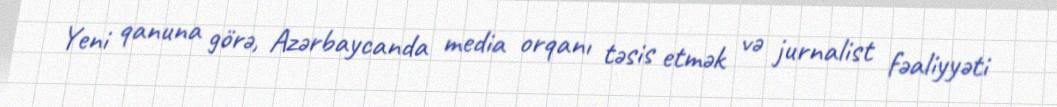
Yeni qanuna görə, Azərbaycanda media orqanı təsis etmək və jurnalist fəaliyyəti